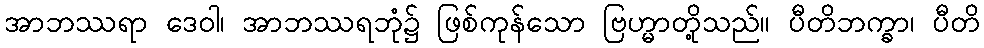
အာဘဿရာ ဒေဝါ၊ အာဘဿရဘုံ၌ ဖြစ်ကုန်သော ဗြဟ္မာတို့သည်။ ပီတိဘက္ခာ၊ ပီတိ